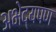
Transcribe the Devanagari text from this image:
अभेद्यपण